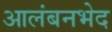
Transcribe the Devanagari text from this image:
आलंबनभेद